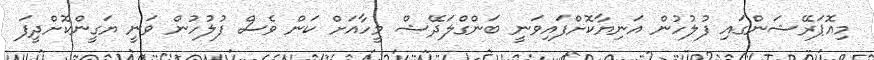
މިއޮޕަރޭޝަންގައި ފުލުހުން އަނިޔާކޮށްފައިވަނީ ބަންގްލަދޭޝް މީހާއަށް ކަން ވެސް ފުލުހުން ވަނީ ޔަގީންކޮށްދީފަ